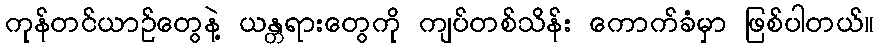
ကုန်တင်ယာဉ်တွေနဲ့ ယန္တရားတွေကို ကျပ်တစ်သိန်း ကောက်ခံမှာ ဖြစ်ပါတယ်။